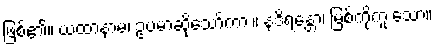
ဖြစ်၏။ ယထာနာမ၊ ဥပမာဆိုသော်ကား။ နဒိရန္တော၊ မြစ်ကိုကူးသော။